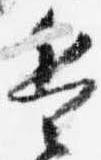
兵